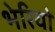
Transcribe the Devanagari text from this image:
भेरियों